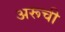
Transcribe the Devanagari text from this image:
अरूची